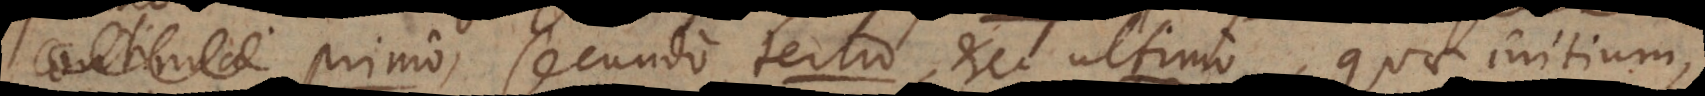
continua primo, secundo, tertio, etc. ultimo, quae initium,